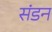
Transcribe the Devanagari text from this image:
संडन